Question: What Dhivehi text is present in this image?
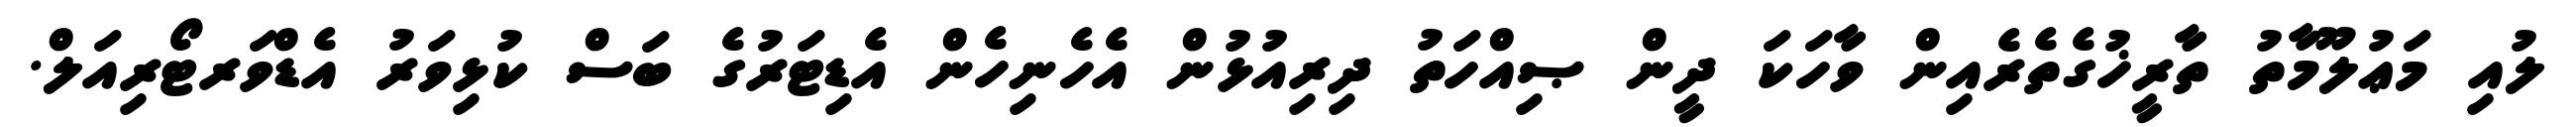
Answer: ލުއި މަޢުލޫމާތު ތާރީޚުގެތެރެއިން ވާހަކަ ދީން ޞިއްހަތު ދިރިއުޅުން އެހެނިހެން އެޑިޓަރުގެ ބަސް ކުޅިވަރު އެޑްވަރޓޯރިއަލް.